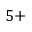
5 +